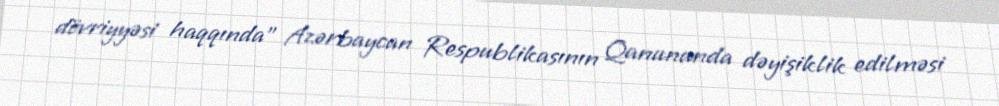
dövriyyəsi haqqında” Azərbaycan Respublikasının Qanununda dəyişiklik edilməsi